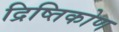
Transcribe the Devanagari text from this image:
द्रिष्तिकोण